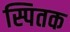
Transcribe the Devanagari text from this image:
स्पितक